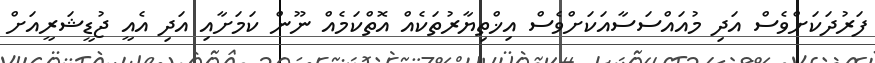
ފަރުދަކަށްވެސް އަދި މުއައްސަސާއަކަށްވެސް އިޚްތިޔާރުތަކެއް އޮތްކަމެއް ނޫން ކަމަށާއި އަދި އެއީ ޖުޑީޝަރީއަށް